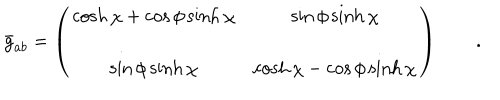
\bar { g } _ { a b } = \left( \begin{array} { c c } { { \displaystyle { \cosh \chi + \cos \phi \sinh \chi } } } & { { \displaystyle { \sin \phi \sinh \chi } } } \\ { { \displaystyle { \sin \phi \sinh \chi } } } & { { \displaystyle { \cosh \chi - \cos \phi \sinh \chi } } } \\ \end{array} \right) \qquad .